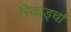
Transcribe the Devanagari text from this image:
रिकार्ड्चा